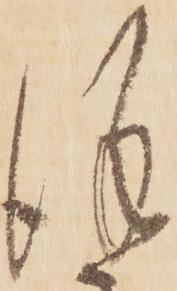
謹